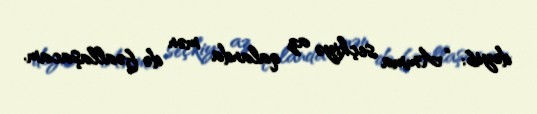
deyib: “Amma seçkiyə az qalanda mən də fəallaşacam.